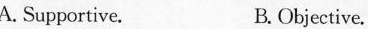
A. Supportive. B Objective. ortive.